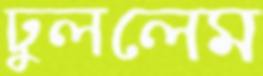
ঢুললেম